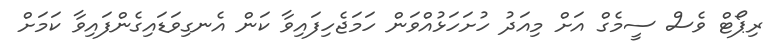
ރިޕޯޓް ވެސް ސީމެގް އަށް މިއަދު ހުށަހަޅުއްވަން ހަމަޖެހިފައިވާ ކަން އެނގިވަޑައިގެންފައިވާ ކަމަށް